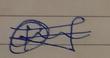
Signature authenticity: genuine